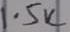
Text: 1.5K